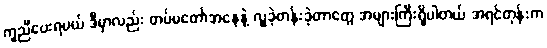
ကူညီပေးရမယ် ဒီမှာလည်း တပ်မတော်အနေနဲ့ လှူခဲ့တန်းခဲ့တာတွေ အများကြီးရှိပါတယ် အရင်တုန်းက